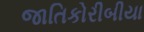
જાતિકોરીબીયા